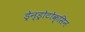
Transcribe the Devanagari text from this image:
ड्रेन्ड्रोटोक्सिन